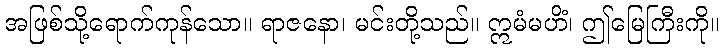
အဖြစ်သို့ရောက်ကုန်သော။ ရာဇနော၊ မင်းတို့သည်။ ဣမံမဟိံ၊ ဤမြေကြီးကို။